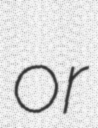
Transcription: or